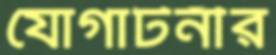
যোগাটনীর